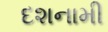
દશનામી